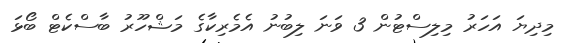
މިދިޔަ އަހަރު މިލިސްޓުން 3 ވަނަ ލިބުނު އެމެރިކާގެ މަޝްހޫރު ބާސްކެޓް ބޯޅަ